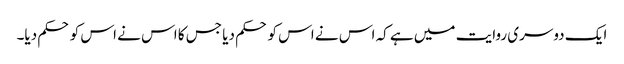
ایک دوسری روایت میں ہے کہ اس نے اس کو حکم دیا جس کا اس نے اس کو حکم دیا۔